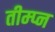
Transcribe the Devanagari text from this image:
तीम्प्न